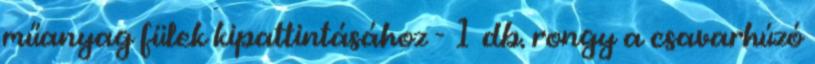
műanyag fülek kipattintásához - 1 db. rongy a csavarhúzó